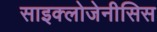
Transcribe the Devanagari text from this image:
साइक्लोजेनीसिस